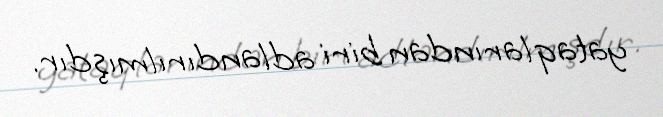
yataqlarından biri adlandırılmışdır.